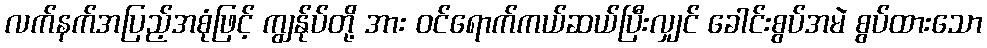
လက်နက်အပြည့်အစုံဖြင့် ကျွန်ုပ်တို့ အား ဝင်ရောက်ကယ်ဆယ်ပြီးလျှင် ခေါင်းစွပ်အမဲ စွပ်ထားသော